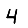
Digit: 4